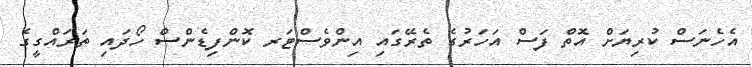
އެހެނަސް ކުރިޔަށް އޮތް ފަސް އަހަރުގެ ތެރޭގައި އިންވެސްޓަރ ކޮންފިޑެންސް ހޯދައި ތަރައްގީގެ